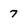
Character: 7